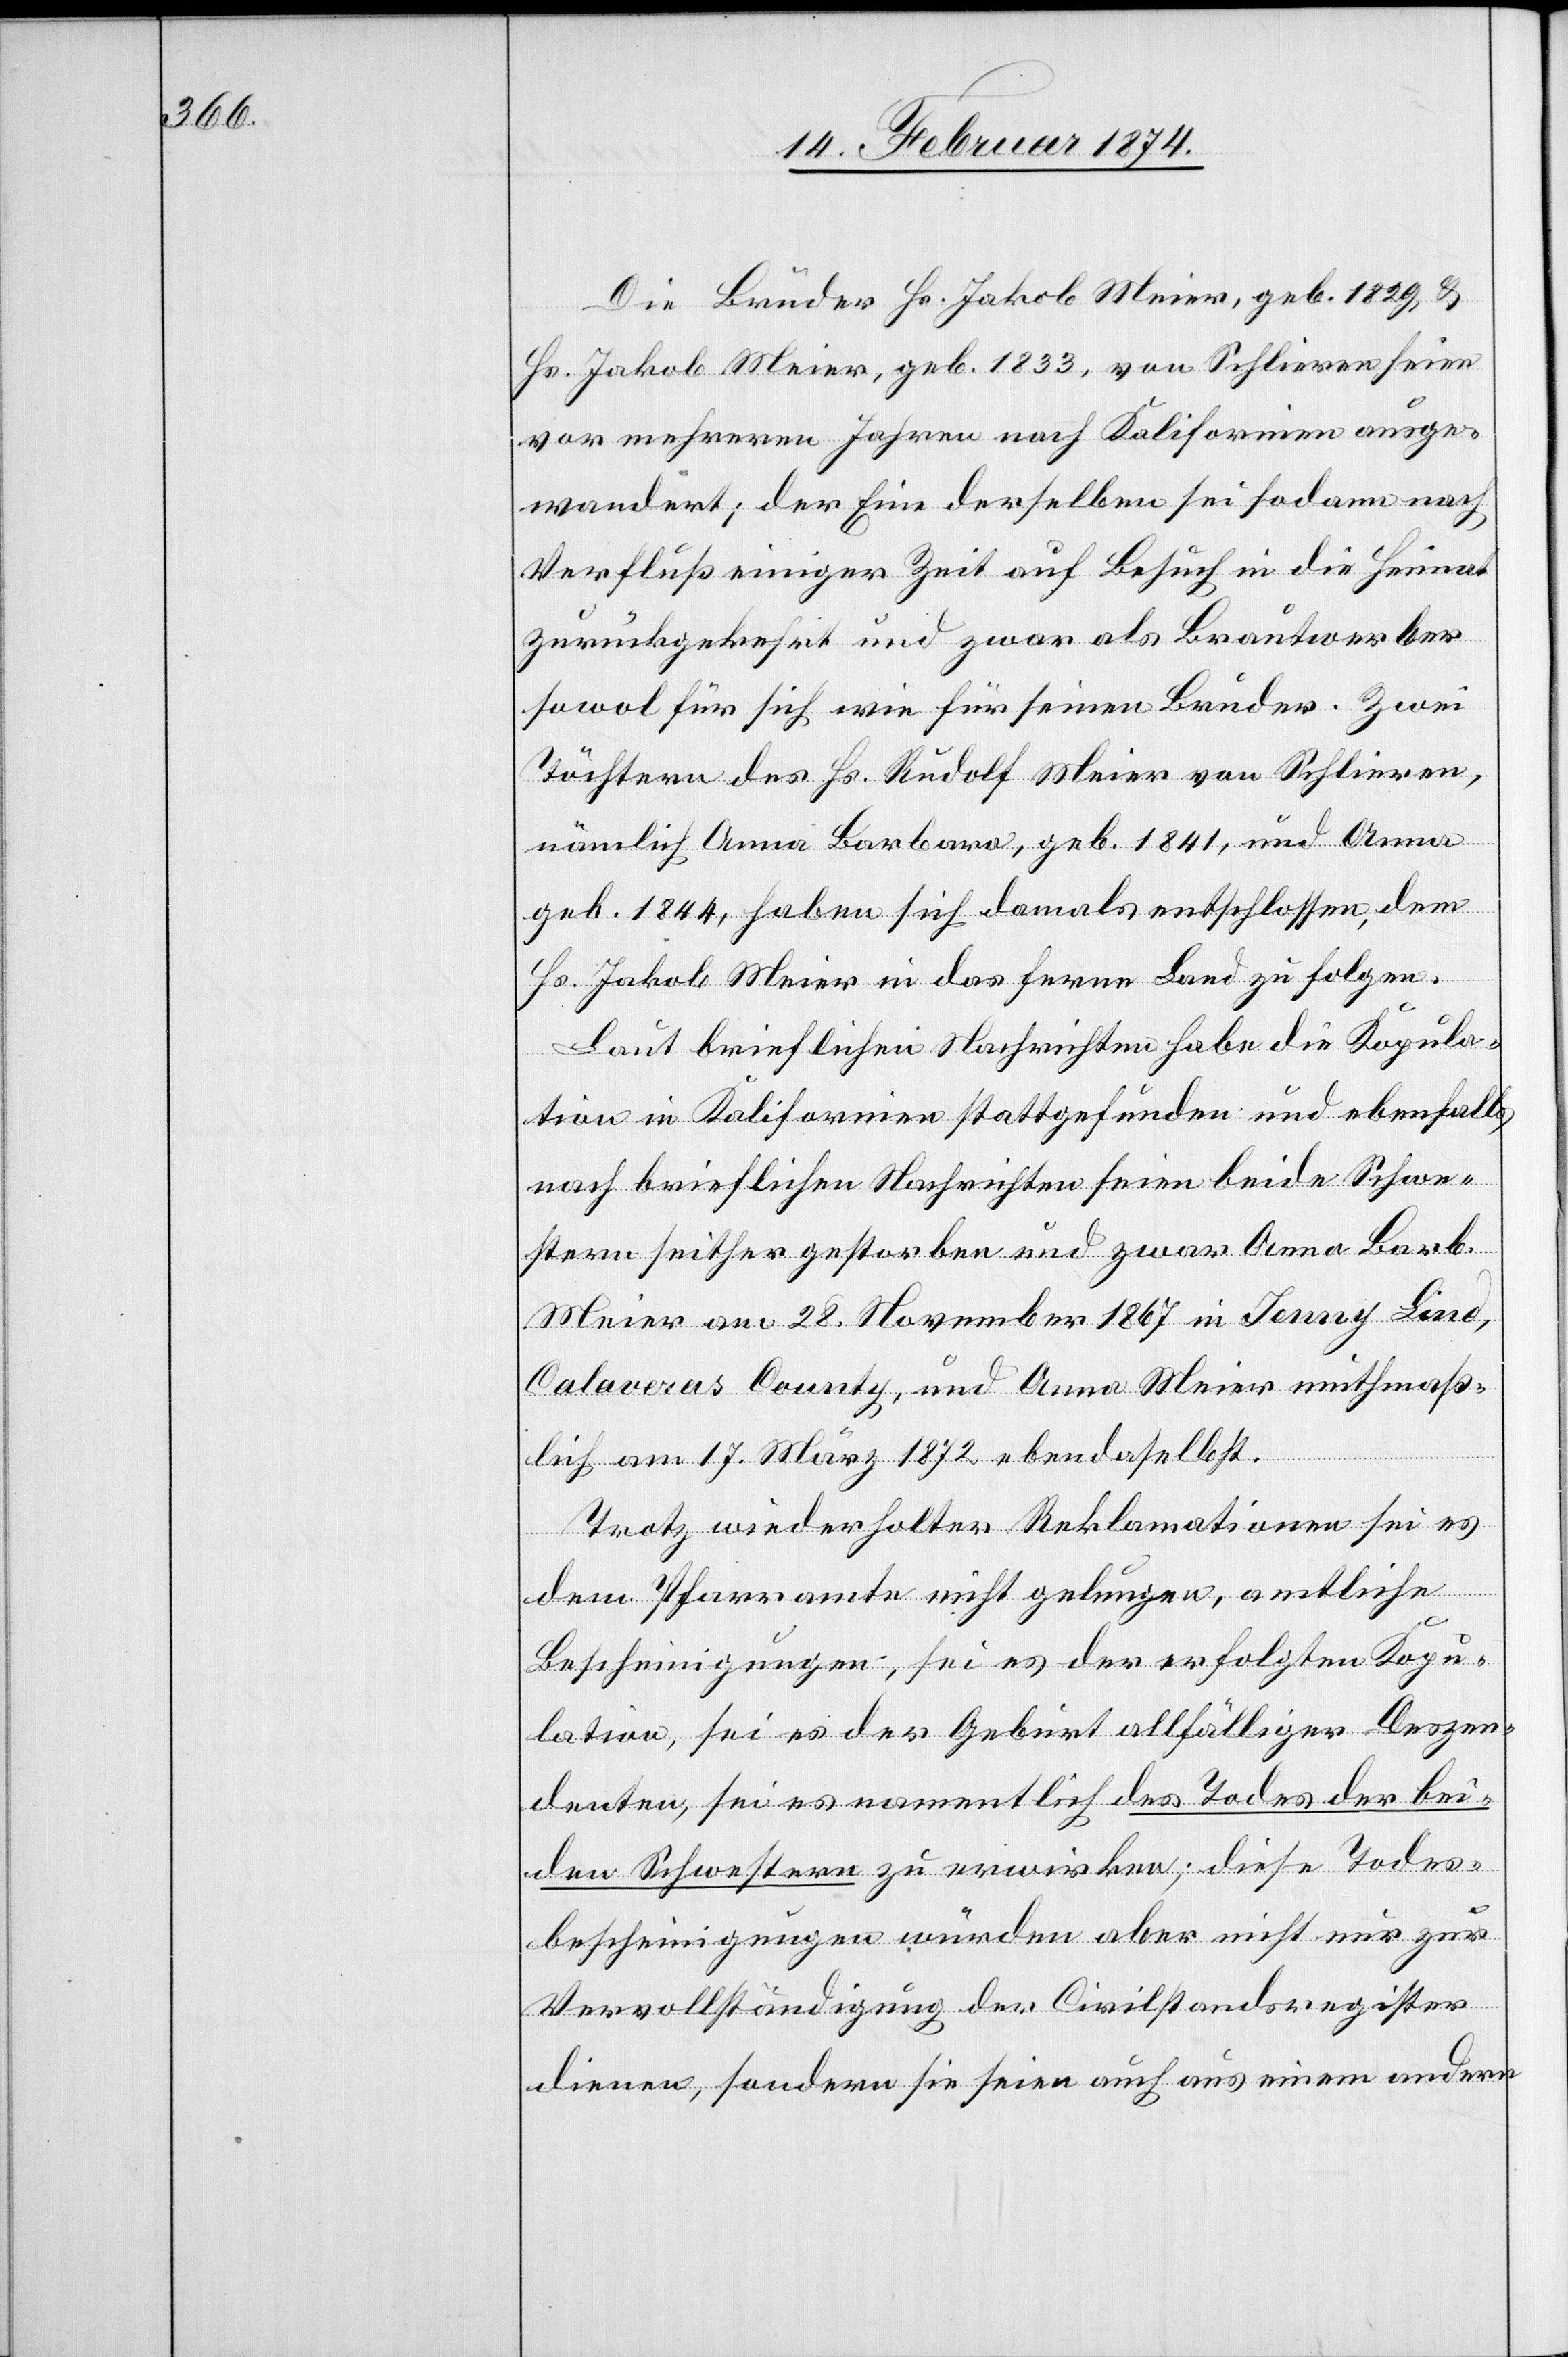
Die Brüder Hs. Jakob Meier, geb. 1829, u.
Hs. Jakob Meier, geb. 1833, von Schlieren seien
vor mehreren Jahren nach Kalifornien ausge¬
wandert; der Eine derselben sei sodann nach
Verfluß einiger Zeit auf Besuch in die Heimat
zurückgekehrt und zwar als Brautwerber
sowol für sich wie für seinen Bruder. Zwei
Töchter des Hs. Rudolf Meier von Schlieren,
nämlich Anna Barbara, geb. 1841, und Anna
geb. 1844, haben sich damals entschlossen, dem
Hs. Jakob Meier in das ferne Land zu folgen.
Laut brieflichen Nachrichten habe die Kopula¬
tion in Kalifornien stattgefunden und ebenfalls
nach brieflichen Nachrichten seien beide Schwe¬
stern seither gestorben und zwar Anna Barb.
Meier am 28. November 1867 in Jenny Lind,
Calaveras County, und Anna Meier muthmaß¬
lich am 17. März 1872 ebendaselbst.
Trotz wiederholter Reklamationen sei es
dem Pfarramte nicht gelungen, amtliche
Bescheinigungen, sei es der erfolgten Kopu¬
lation, sei es der Geburt allfälliger Deszen¬
denten, sei es namentlich des Todes der bei¬
den Schwestern zu erwirken; diese Todes¬
bescheinigungen würden aber nicht nur zur
Vervollständigung der Civilstandsregister
dienen, sondern sie seien auch aus einem andern